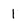
Character: 1